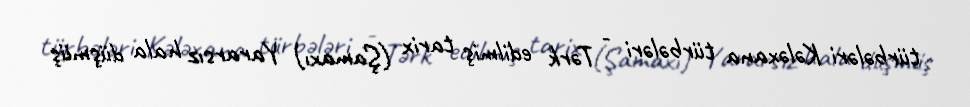
türbələri Kələxana türbələri - Tərk edilmiş tarix (Şamaxı) Yararsız hala düşmüş